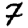
Digit: 7